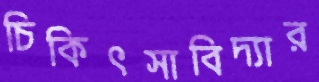
চিকিৎসাবিদ্যার